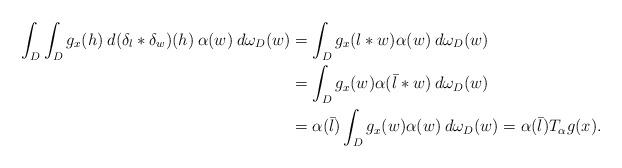
LaTeX: \begin{align*}\int_D\int_D g_x(h)\> d(\delta_l*\delta_w)(h) \> \alpha(w) \> d\omega_D(w)&=\int_D g_x(l*w) \alpha(w) \> d\omega_D(w)\\&=\int_D g_x(w)\alpha(\bar l*w)\> d\omega_D(w)\\&=\alpha(\bar l)\int_D g_x(w)\alpha(w) \> d\omega_D(w) =\alpha(\bar l)T_\alpha g(x).\end{align*}